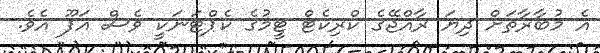
އެ މުބާރާތަށް ދިޔަ ރާއްޖޭގެ ކްރިކެޓް ޓީމުގެ ކެޕްޓަނަކީ ވެސް އަފޫ އެވެ.